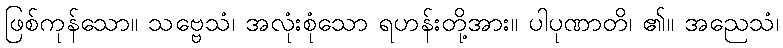
ဖြစ်ကုန်သော။ သဗ္ဗေသံ၊ အလုံးစုံသော ရဟန်းတို့အား။ ပါပုဏာတိ၊ ၏။ အညေသံ၊